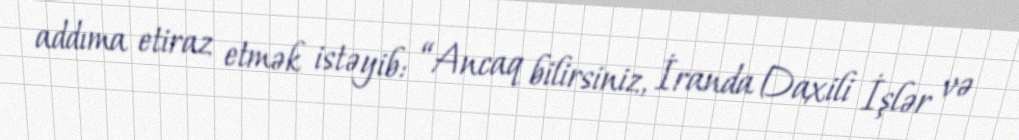
addıma etiraz etmək istəyib: “Ancaq bilirsiniz, İranda Daxili İşlər və